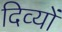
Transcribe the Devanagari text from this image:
दिव्यों